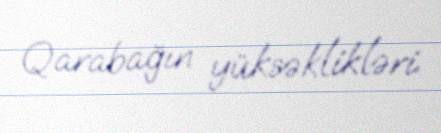
Qarabağın yüksəklikləri.